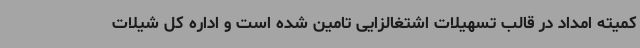
کمیته امداد در قالب تسهیلات اشتغالزایی تامین شده است و اداره کل شیلات